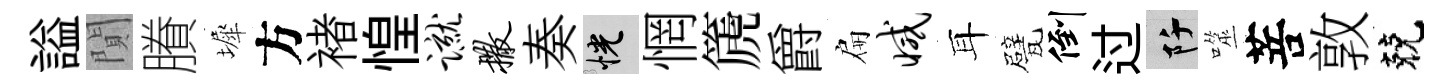
謚閴賸墀方褚惶蹴撒奏恍惘篪爵扁减耳甓倒过阡噬菩敦兢